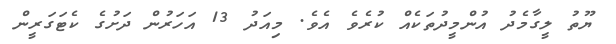
ޔޫތު ލީގާމެދު އުންމީދުތަކެއް ކުރެވެ އެވެ. މިއަދު 13 އަހަރުން ދަށުގެ ކެޓަގަރީން